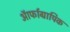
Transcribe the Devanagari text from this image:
ऑर्फाग्रापिक